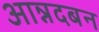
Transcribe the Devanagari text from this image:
आन्नदबन